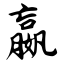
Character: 嬴